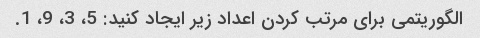
الگوریتمی برای مرتب کردن اعداد زیر ایجاد کنید: 5، 3، 9، 1.